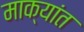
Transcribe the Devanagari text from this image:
माक्यांत